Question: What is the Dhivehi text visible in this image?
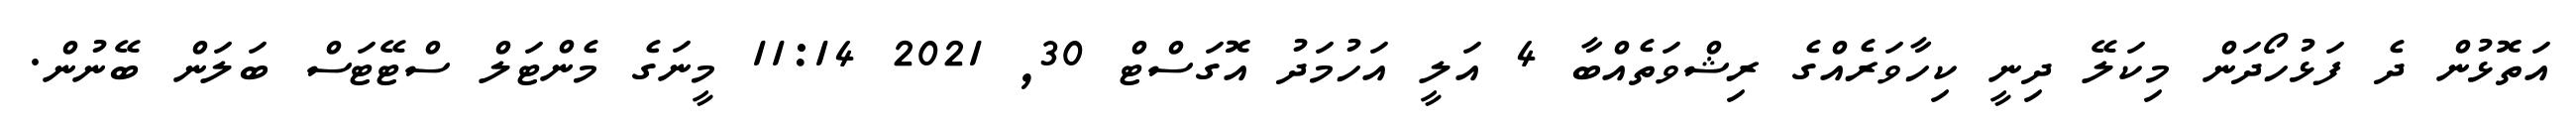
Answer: އަތޮޅުން ދެ ފަޅުހޯދަން މިކަލޭ ދިނީ ކިހާވަރެއްގެ ރިޝްވަތެއްބާ 4 އަލީ އަހުމަދު އޮގަސްޓް 30, 2021 11:14 މީނަގެ މެންޓަލް ސްޓޭޓަސް ބަލަން ބޭނުން.